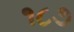
૧૮૭